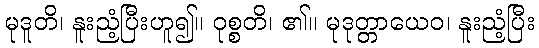
မုဒူတိ၊ နူးညံ့ပြီးဟူ၍။ ဝုစ္စတိ၊ ၏။ မုဒုတ္တာယေဝ၊ နူးညံ့ပြီး